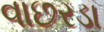
વાછરડા